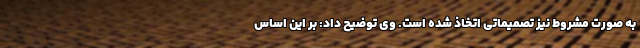
به صورت مشروط نیز تصمیماتی اتخاذ شده است. وی توضیح داد: بر این اساس